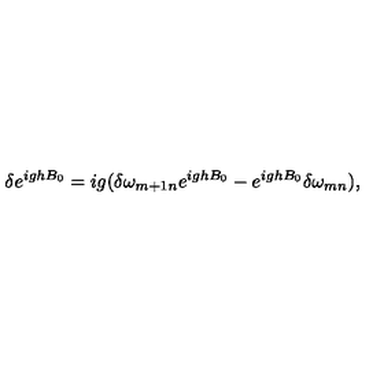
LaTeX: \delta e ^ { i g h B _ { 0 } } = i g ( \delta \omega _ { m + 1 n } e ^ { i g h B _ { 0 } } - e ^ { i g h B _ { 0 } } \delta \omega _ { m n } ) ,